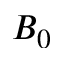
B _ { 0 }